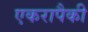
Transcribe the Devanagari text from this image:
एकरापैकी